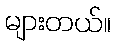
များတယ်။